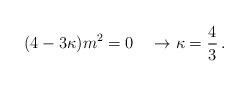
LaTeX: \begin{align*}(4-3\kappa) m^2 = 0 \quad \rightarrow\kappa={4\over 3}\,.\end{align*}